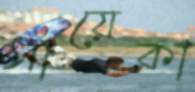
সায়েকা